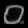
Digit: ၀